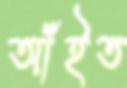
আঁইত